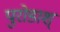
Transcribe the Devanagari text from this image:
पुरोडाश्